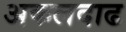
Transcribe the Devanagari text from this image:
अकलदाढ